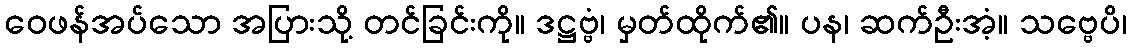
ဝေဖန်အပ်သော အပြားသို့ တင်ခြင်းကို။ ဒဋ္ဌဗ္ဗံ၊ မှတ်ထိုက်၏။ ပန၊ ဆက်ဦးအံ့။ သဗ္ဗေပိ၊